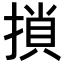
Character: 𢱡